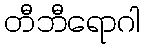
တီဘီရောဂါ